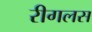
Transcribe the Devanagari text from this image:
रीगलस